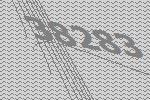
38283